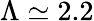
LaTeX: \Lambda\simeq 2.2